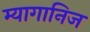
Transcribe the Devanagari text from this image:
म्यागानिज